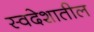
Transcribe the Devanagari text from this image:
स्वदेशातील